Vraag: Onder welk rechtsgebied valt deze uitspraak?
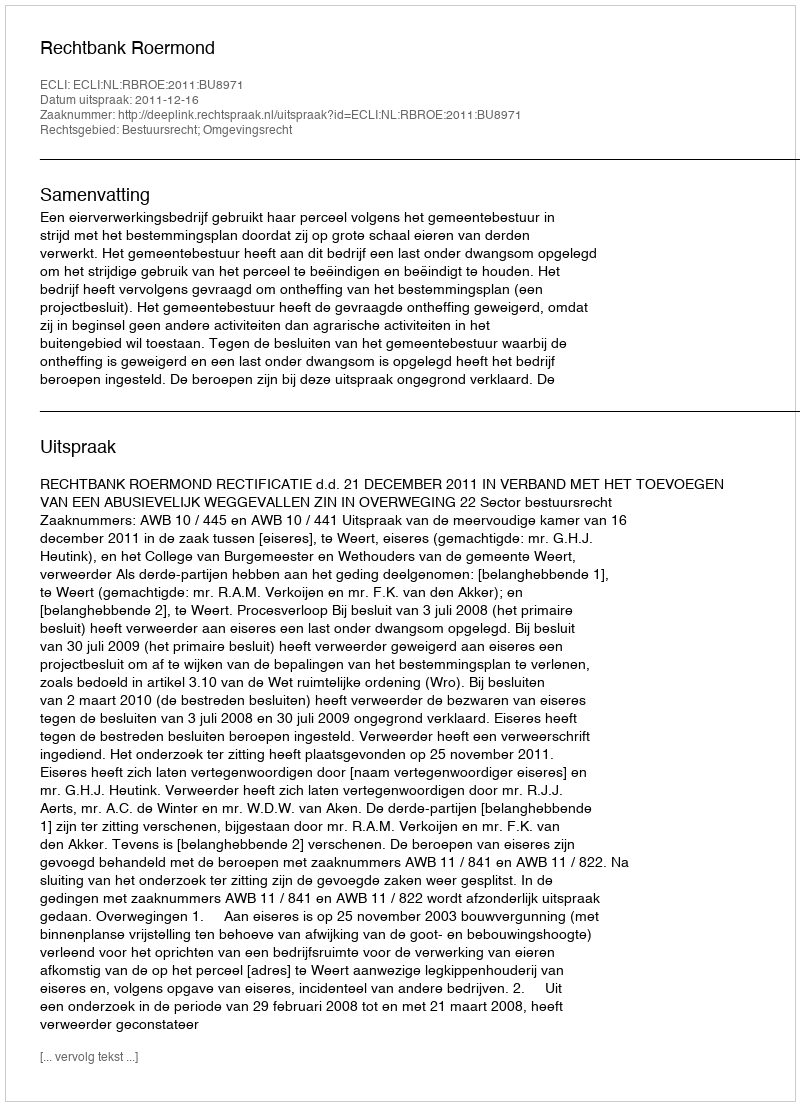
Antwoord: Bestuursrecht; Omgevingsrecht